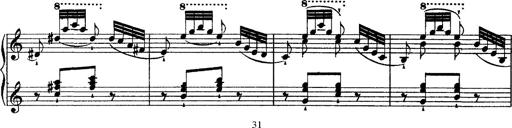
Title: Grandes Ã©tudes de Paganini
Composer: Franz Liszt